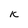
Character: k